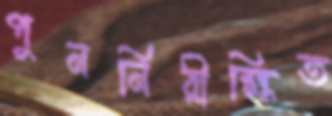
পুনর্নিরীক্ষিত